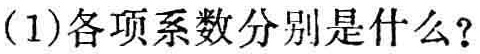
(1)各项系数分别是什么？